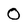
Character: O